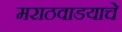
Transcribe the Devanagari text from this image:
मराठवाडयाचे